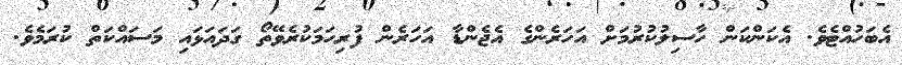
އެބަހުއްޓެވެ. އެކަންކަން ހާސިލުކުރުމަށް އަހަރެންގެ އެޖެންޑާ އަހަރެން ފުރިހަމަކުރެވޭތޯ ގަދައަޅައި މަސައްކަތް ކުރަމެވެ.